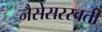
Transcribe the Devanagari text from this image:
जैसेसरस्वती